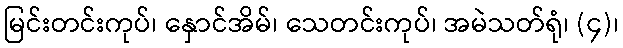
မြင်းတင်းကုပ်၊ နှောင်အိမ်၊ သေတင်းကုပ်၊ အမဲသတ်ရုံ၊ (၄)၊